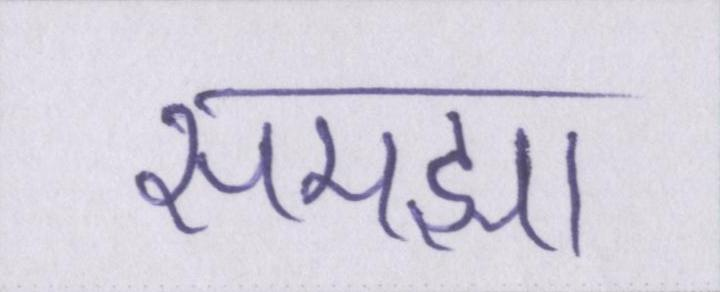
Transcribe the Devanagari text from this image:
समझा